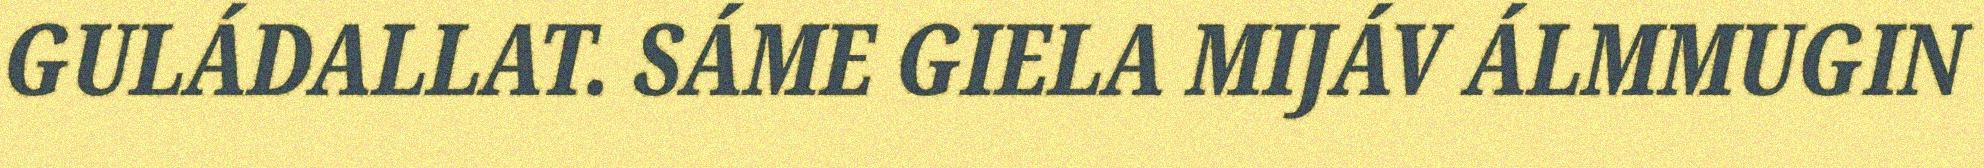
GULÁDALLAT. SÁME GIELA MIJÁV ÁLMMUGIN